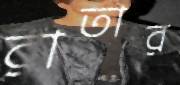
রাতার